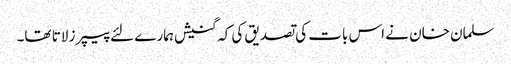
سلمان خان نے اس بات کی تصدیق کی کہ گنیش ہمارے لئے پیپرز لاتا تھا۔